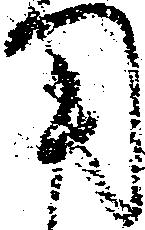
用